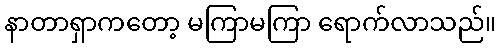
နာတာရှာကတော့ မကြာမကြာ ရောက်လာသည်။